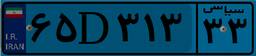
۶۵D۳۱۳۳۳